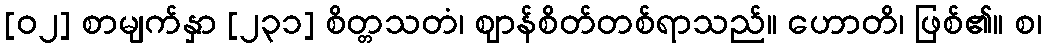
[၀၂] စာမျက်နှာ [၂၃၁] စိတ္တသတံ၊ ဈာန်စိတ်တစ်ရာသည်။ ဟောတိ၊ ဖြစ်၏။ စ၊